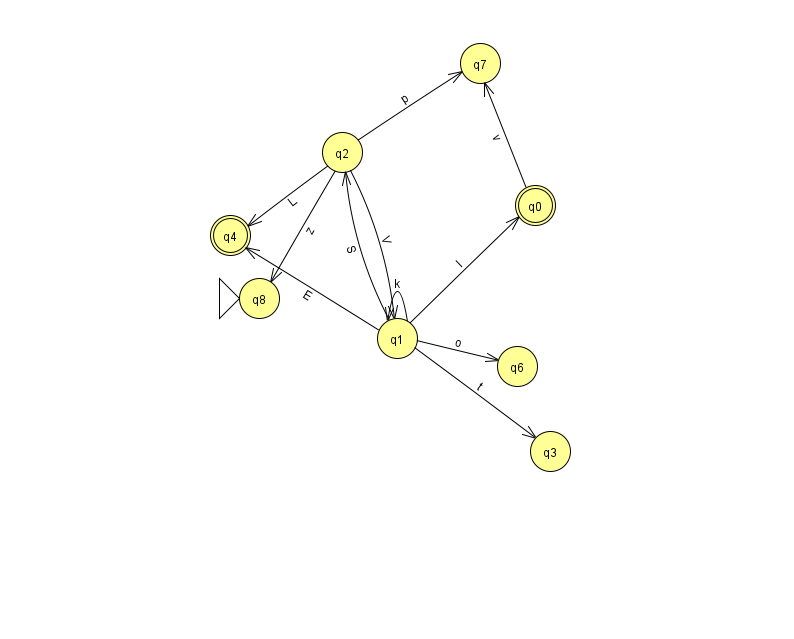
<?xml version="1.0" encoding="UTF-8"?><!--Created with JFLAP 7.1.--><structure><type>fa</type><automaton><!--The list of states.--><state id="0" name="q0"><x>535.0</x><y>192.0</y><final/></state><state id="1" name="q1"><x>397.0</x><y>325.0</y></state><state id="2" name="q2"><x>342.0</x><y>139.0</y></state><state id="3" name="q3"><x>550.0</x><y>438.0</y></state><state id="4" name="q4"><x>230.0</x><y>222.0</y><final/></state><state id="6" name="q6"><x>517.0</x><y>353.0</y></state><state id="7" name="q7"><x>480.0</x><y>50.0</y></state><state id="8" name="q8"><x>259.0</x><y>285.0</y><initial/></state><!--The list of transitions.--><transition><from>1</from><to>0</to><read>l</read></transition><transition><from>2</from><to>1</to><read>V</read></transition><transition><from>1</from><to>4</to><read>E</read></transition><transition><from>1</from><to>6</to><read>o</read></transition><transition><from>0</from><to>7</to><read>v</read></transition><transition><from>1</from><to>2</to><read>S</read></transition><transition><from>2</from><to>8</to><read>z</read></transition><transition><from>2</from><to>7</to><read>p</read></transition><transition><from>1</from><to>1</to><read>k</read></transition><transition><from>2</from><to>4</to><read>L</read></transition><transition><from>1</from><to>3</to><read>t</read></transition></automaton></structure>